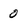
Character: O